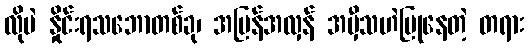
လိုပဲ နှိုင်းရသဘောတစ်ခု၊ အပြန်အလှန် အမှီသဟဲပြုနေတဲ့ တရား